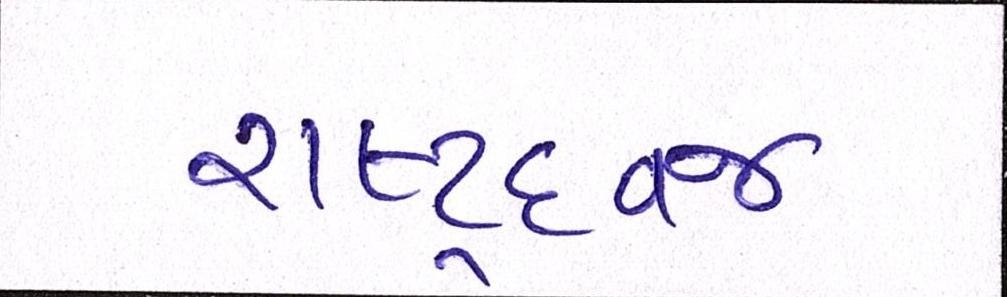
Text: રાષ્ટ્રધ્વજ